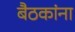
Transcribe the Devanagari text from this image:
बैठकांना